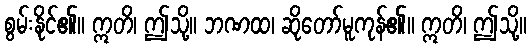
စွမ်းနိုင်၏။ ဣတိ၊ ဤသို့။ ဘဏထ၊ ဆိုတော်မူကုန်၏။ ဣတိ၊ ဤသို့။